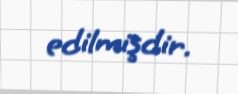
edilmişdir.